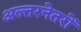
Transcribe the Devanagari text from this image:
अल्तरनेतरों